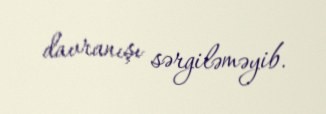
davranışı sərgiləməyib.